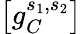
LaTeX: \left[g_{C}^{s_{1},s_{2}}\right]^{}